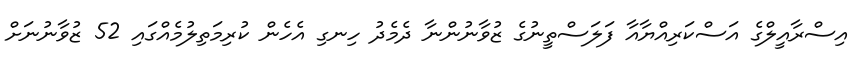
އިސްރާއީލްގެ އަސްކަރިއްޔާއާ ފަލަސްތީނުގެ ޒުވާނުންނާ ދެމެދު ހިނގި އެހެން ކުރިމަތިލުމެއްގައި 52 ޒުވާނުނަށް